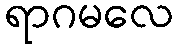
ရာဂမလေ